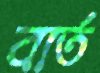
বার্ত